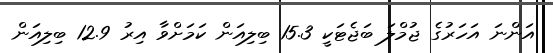
އަންނަ އަހަރުގެ ޖުމްލަ ބަޖެޓަކީ 15.3 ބިލިއަން ކަމަށްވާ އިރު 12.9 ބިލިއަން